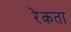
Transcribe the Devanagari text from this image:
रेकता